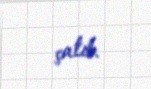
çatıb.